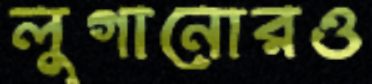
লুগানোরও